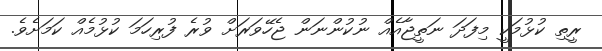
ރީތި ކުޅުމަކީ މިފަދަ ނަތީޖާއެއް ނުކުންނަން ޖެހޭވަރަށް ވުރެ ފުރިހަމަ ކުޅުމެއް ކަމަށެވެ.